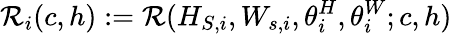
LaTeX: \mathcal{R}_{i}(c,h):=\mathcal{R}(H_{S,i},W_{s,i},\theta_{i}^{H},\theta_{i}^{W};c,h)